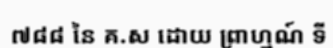
៧៨៨ នៃ គ.ស ដោយ ព្រាហ្មណ៍ ទី